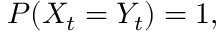
P ( X _ { t } = Y _ { t } ) = 1 ,